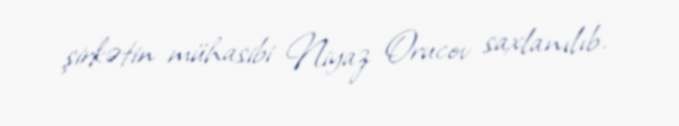
şirkətin mühasibi Niyaz Orucov saxlanılıb.